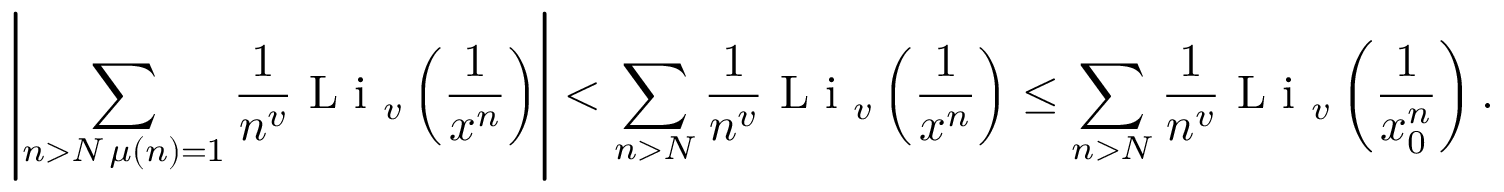
\left| \sum _ { \substack { n > N \, \mu ( n ) = 1 } } \frac { 1 } { n ^ { v } } \textnormal { L i } _ { v } \left( \frac { 1 } { x ^ { n } } \right) \right| < \sum _ { n > N } \frac { 1 } { n ^ { v } } \textnormal { L i } _ { v } \left( \frac { 1 } { x ^ { n } } \right) \leq \sum _ { n > N } \frac { 1 } { n ^ { v } } \textnormal { L i } _ { v } \left( \frac { 1 } { x _ { 0 } ^ { n } } \right) .